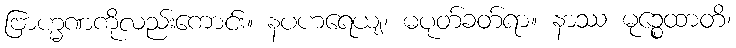
ဗြာဟ္မဏကိုလည်းကောင်း။ နပဟရေယျ၊ မပုတ်ခတ်ရာ။ နာဿ မုဉ္စေထာတိ၊